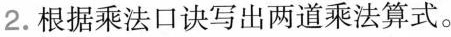
2.根据乘法口诀写出两道乘法算式。